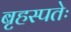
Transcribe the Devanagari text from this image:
बृहस्पतेः